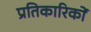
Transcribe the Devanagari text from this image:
प्रतिकारिकों